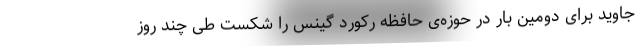
جاوید برای دومین بار در حوزه‌ی حافظه رکورد گینس را شکست طی چند روز